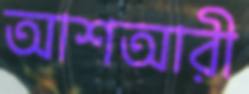
আশআরী